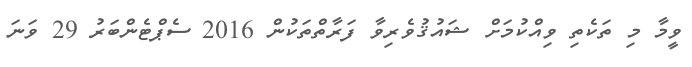
ވީމާ މި ތަކެތި ވިއްކުމަށް ޝައުޤުވެރިވާ ފަރާތްތަކުން 2016 ސެޕްޓެންބަރު 29 ވަނަ